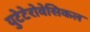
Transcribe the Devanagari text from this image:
युटेटेरोवेसिकल